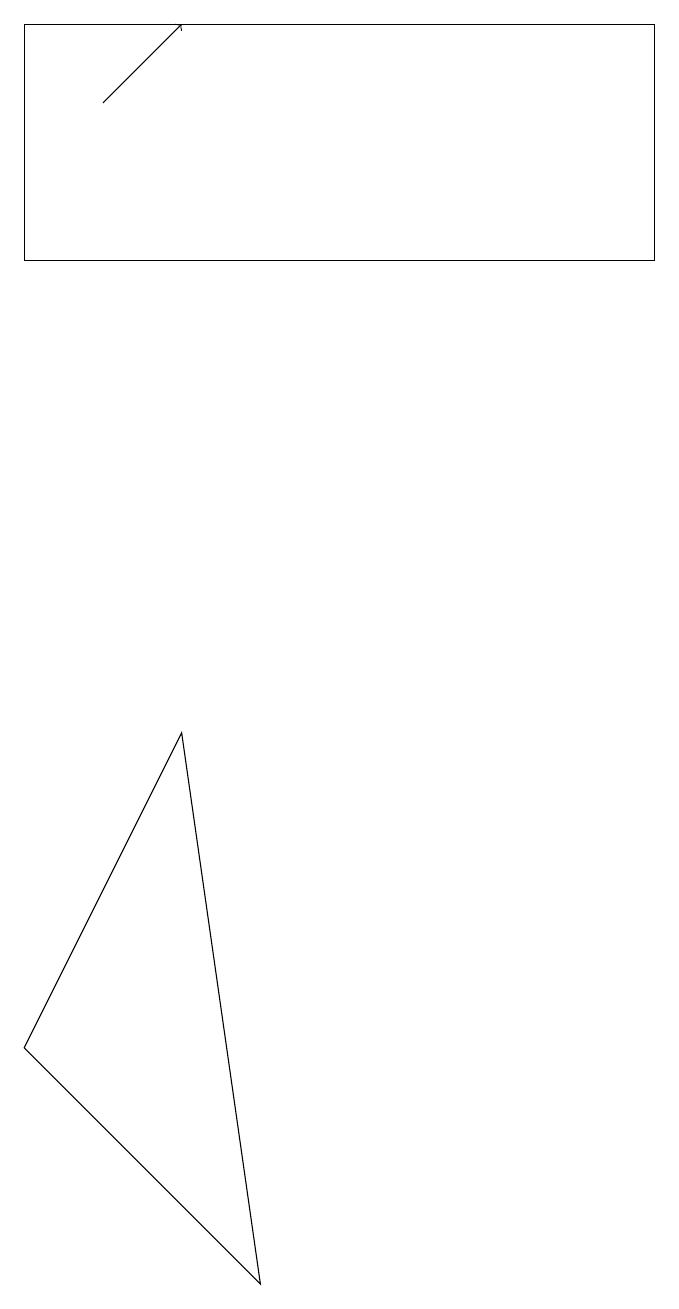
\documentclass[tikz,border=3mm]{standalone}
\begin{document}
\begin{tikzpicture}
\draw (9,14) rectangle (1,17);
\draw[->] (2,16) -- (3,17);
\draw (4,1) -- (1,4) -- (3,8) -- cycle;
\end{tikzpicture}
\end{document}